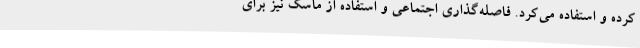
کرده و استفاده می‌کرد. فاصله‌گذاری اجتماعی و استفاده از ماسک نیز برای